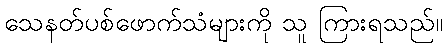
သေနတ်ပစ်ဖောက်သံများကို သူ ကြားရသည်။